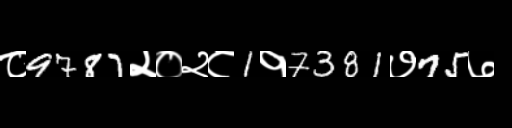
Text: ८9787२०२८1१7381७75७